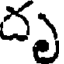
దృ